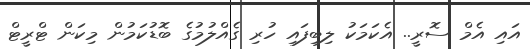
އައި އެމް ސޮރީ.. އެކަމަކު ލިބިފައި ހުރި ގެއްލުމުގެ ބޮޑުކަމުން މިކަން ޓްރީޓް